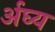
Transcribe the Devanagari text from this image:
र्अघ्य